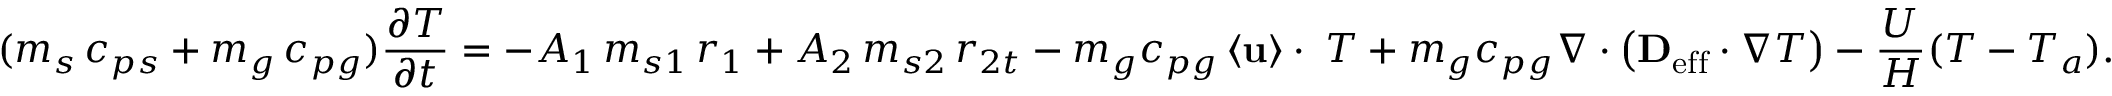
( m _ { s } \, c _ { p s } + m _ { g } \, c _ { p g } ) \frac { \partial T } { \partial t } = - A _ { 1 } \, m _ { s 1 } \, r _ { 1 } + A _ { 2 } \, m _ { s 2 } \, r _ { 2 t } - m _ { g } c _ { p g } \left< \mathbf { u } \right> \cdot \mathbf { \nabla } T + m _ { g } c _ { p g } \nabla \cdot \left( \mathbf { D _ { \mathrm { e f f } } } \cdot \nabla T \right) - \frac { U } { H } ( T - T _ { a } ) .